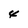
Character: 4